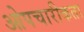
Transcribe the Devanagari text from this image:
ओपचारीकता